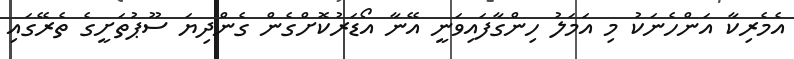
އެމެރިކާ އަންހެނަކު މި އަމަލު ހިންގާފައިވަނީ އޭނާ އޯޑަރުކޮށްގެން ގެންދިޔަ ސޫޕުތަށީގެ ތެރޭގައި